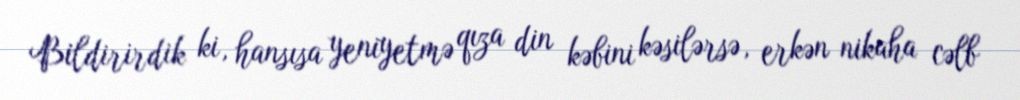
Bildirirdik ki, hansısa yeniyetmə qıza din kəbini kəsilərsə, erkən nikaha cəlb